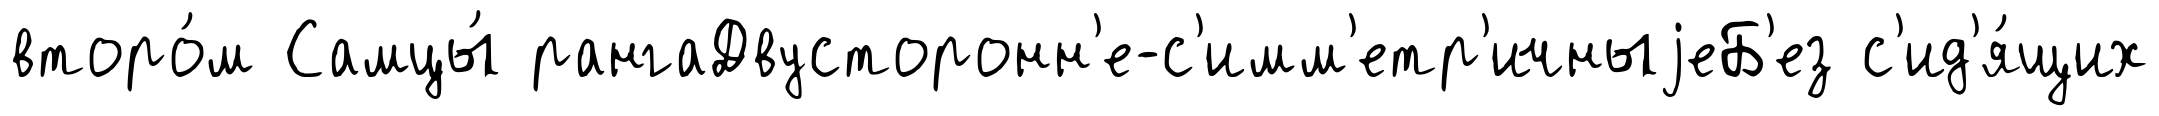
второ́м Самцы́ рангаДвусторонн'е-с'имм'етр'ичныjеБ'ез с'ид'я́щих